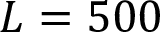
L = 5 0 0